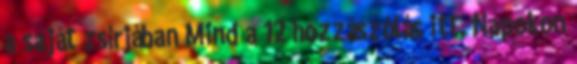
a saját zsírjában Mind a 12 hozzászólás itt. Napokon